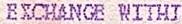
EXCHANGE WITHIN